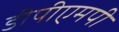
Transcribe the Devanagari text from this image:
डीपीएमपी